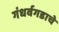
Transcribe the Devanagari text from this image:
गंधर्वगडाचे